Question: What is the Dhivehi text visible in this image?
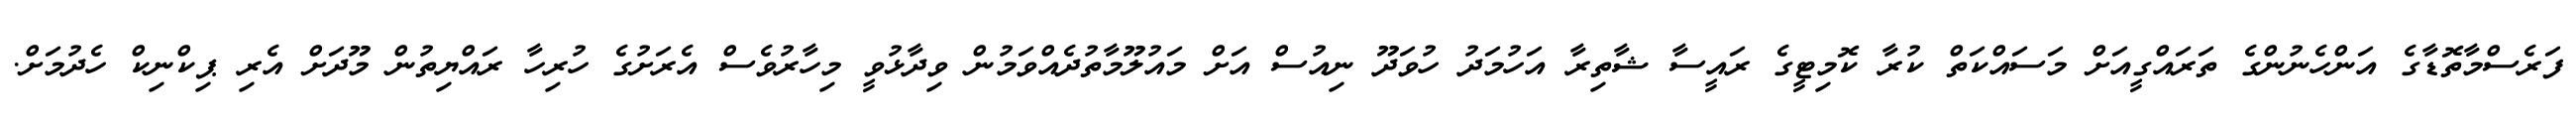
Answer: ފަރެސްމާތޮޑާގެ އަންހެނުންގެ ތަރައްގީއަށް މަސައްކަތް ކުރާ ކޮމިޓީގެ ރައީސާ ޝާތިރާ އަހުމަދު ހުވަދޫ ނިއުސް އަށް މައުލޫމާތުދެއްވަމުން ވިދާޅުވީ މިހާރުވެސް އެރަށުގެ ހުރިހާ ރައްޔިތުން މޫދަށް އެރި ޕިކްނިކް ހެދުމަށް.